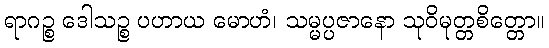
ရာဂဉ္စ ဒေါသဉ္စ ပဟာယ မောဟံ၊ သမ္မပ္ပဇာနော သုဝိမုတ္တစိတ္တော။